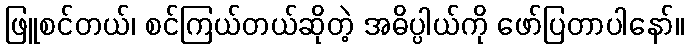
ဖြူစင်တယ်၊ စင်ကြယ်တယ်ဆိုတဲ့ အဓိပ္ပါယ်ကို ဖော်ပြတာပါနော်။